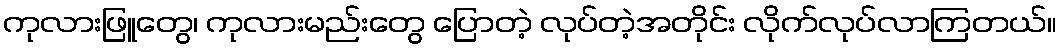
ကုလားဖြူတွေ၊ ကုလားမည်းတွေ ပြောတဲ့ လုပ်တဲ့အတိုင်း လိုက်လုပ်လာကြတယ်။